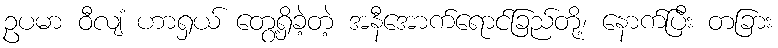
ဥပမာ ဝီလျံ ဟာရှယ် တွေ့ရှိခဲ့တဲ့ အနီအောက်ရောင်ခြည်တို့၊ နောက်ပြီး တခြား